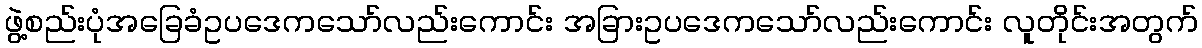
ဖွဲ့စည်းပုံအခြေခံဥပဒေကသော်လည်းကောင်း အခြားဥပဒေကသော်လည်းကောင်း လူတိုင်းအတွက်